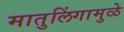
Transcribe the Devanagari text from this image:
मातुलिंगामुळे